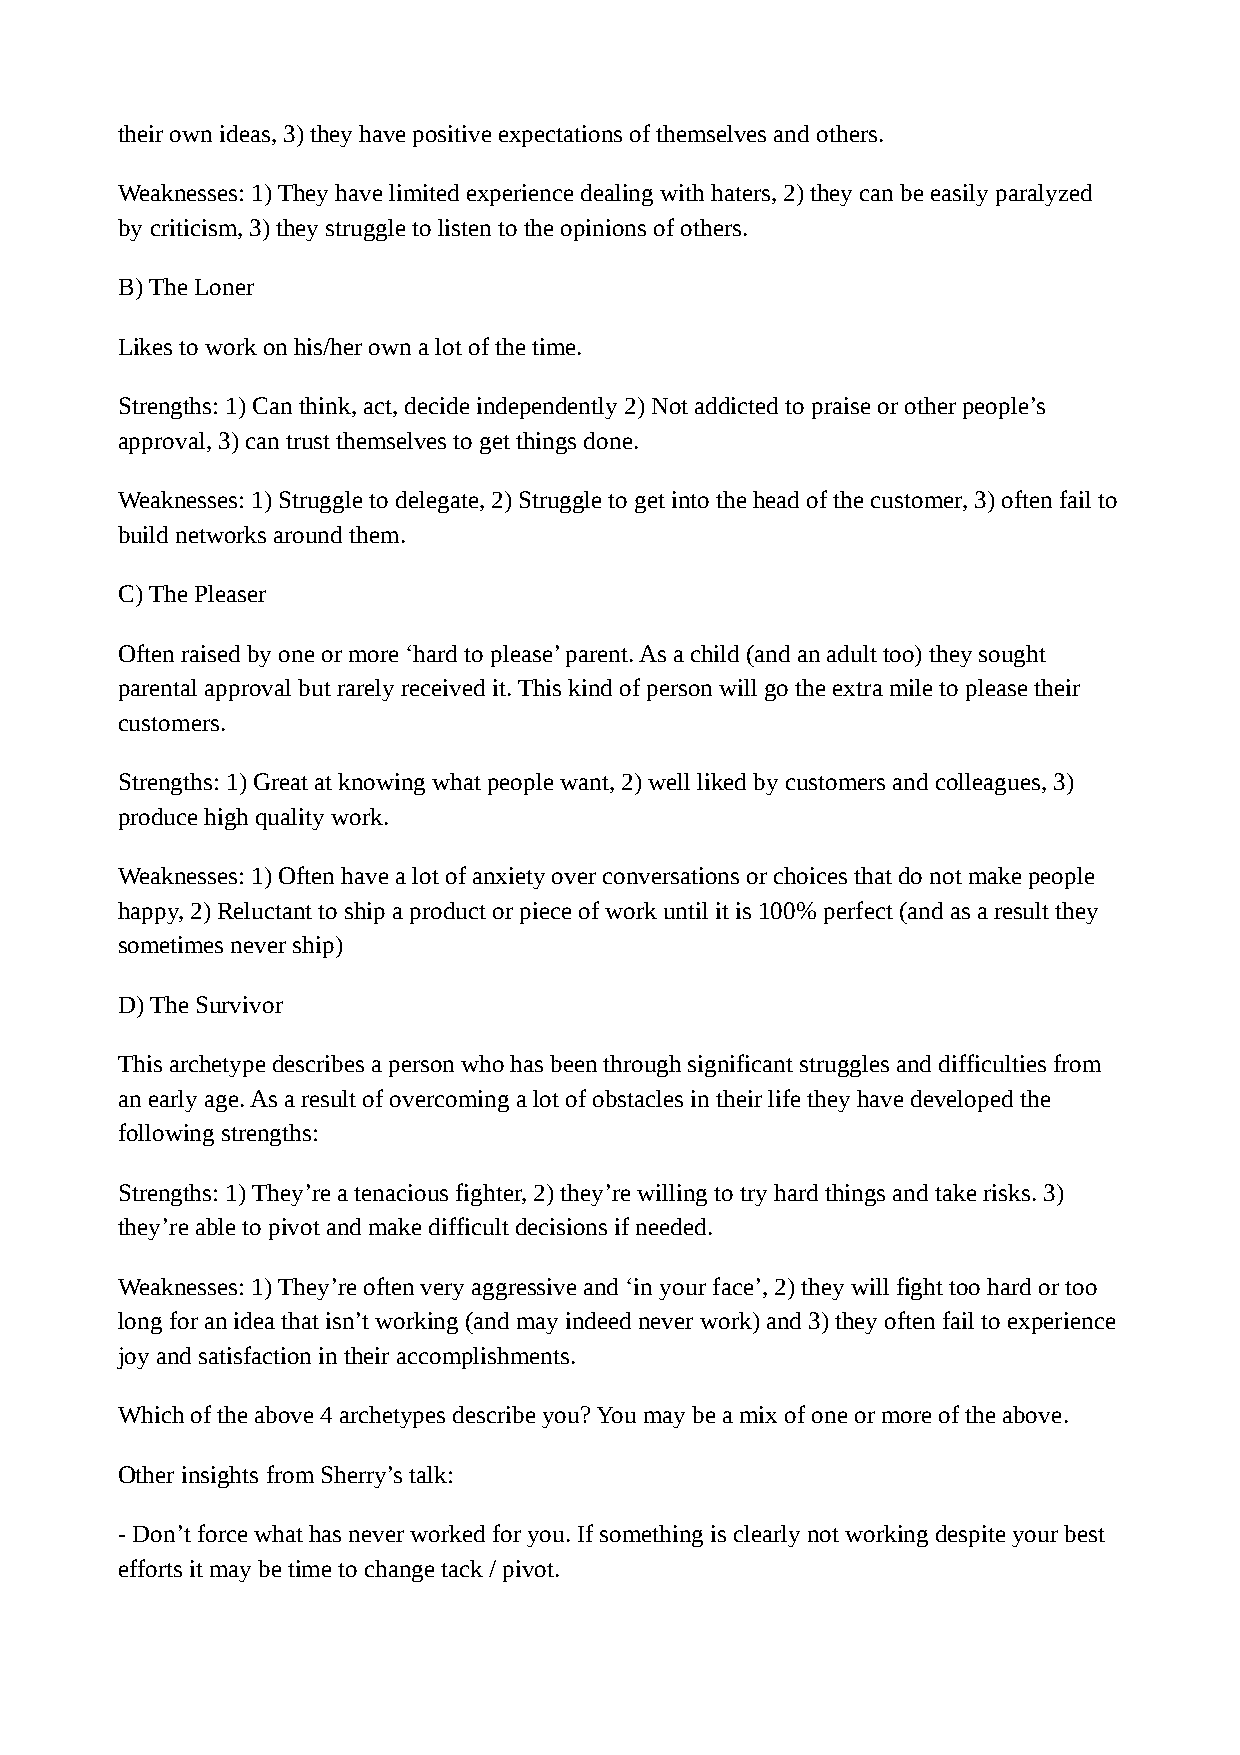
their own ideas, 3) they have positive expectations of themselves and others.
 Weaknesses: 1) They have limited experience dealing with haters, 2) they can be easily paralyzed
 by criticism, 3) they struggle to listen to the opinions of others.
 B) The Loner
 Likes to work on his/her own a lot of the time.
 Strengths: 1) Can think, act, decide independently 2) Not addicted to praise or other people’s
 approval, 3) can trust themselves to get things done.
 Weaknesses: 1) Struggle to delegate, 2) Struggle to get into the head of the customer, 3) often fail to
 build networks around them.
 C) The Pleaser
 Often raised by one or more ‘hard to please’ parent. As a child (and an adult too) they sought
 parental approval but rarely received it. This kind of person will go the extra mile to please their
 customers.
 Strengths: 1) Great at knowing what people want, 2) well liked by customers and colleagues, 3)
 produce high quality work.
 Weaknesses: 1) Often have a lot of anxiety over conversations or choices that do not make people
 happy, 2) Reluctant to ship a product or piece of work until it is 100% perfect (and as a result they
 sometimes never ship)
 D) The Survivor
 This archetype describes a person who has been through significant struggles and difficulties from
 an early age. As a result of overcoming a lot of obstacles in their life they have developed the
 following strengths:
 Strengths: 1) They’re a tenacious fighter, 2) they’re willing to try hard things and take risks. 3)
 they’re able to pivot and make difficult decisions if needed.
 Weaknesses: 1) They’re often very aggressive and ‘in your face’, 2) they will fight too hard or too
 long for an idea that isn’t working (and may indeed never work) and 3) they often fail to experience
 joy and satisfaction in their accomplishments.
 Which of the above 4 archetypes describe you? You may be a mix of one or more of the above.
 Other insights from Sherry’s talk:
 - Don’t force what has never worked for you. If something is clearly not working despite your best
 efforts it may be time to change tack / pivot.